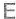
E